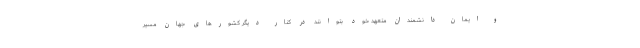
و ایمان دانشمندان متعهد خود بتوانند در کنار دیگر کشورهای جهان مسیر